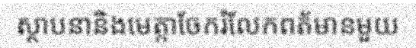
ស្ថាបនានិងមេត្តាចែករំលែកពត័មានមួយ